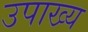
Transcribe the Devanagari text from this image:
उपाख्‍य